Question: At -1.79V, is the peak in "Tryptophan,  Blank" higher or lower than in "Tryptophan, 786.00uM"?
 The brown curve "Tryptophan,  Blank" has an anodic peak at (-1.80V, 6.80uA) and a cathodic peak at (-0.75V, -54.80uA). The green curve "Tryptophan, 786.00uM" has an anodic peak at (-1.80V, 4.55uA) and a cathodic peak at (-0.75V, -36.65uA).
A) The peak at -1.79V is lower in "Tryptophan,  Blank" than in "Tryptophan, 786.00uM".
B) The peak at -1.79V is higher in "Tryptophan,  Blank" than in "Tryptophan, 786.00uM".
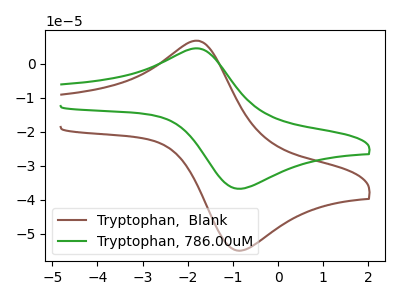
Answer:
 <answer>B) The peak at -1.79V is higher in "Tryptophan,  Blank" than in "Tryptophan, 786.00uM".</answer>
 <eval>B</eval>